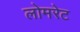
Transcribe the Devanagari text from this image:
लोमरेट